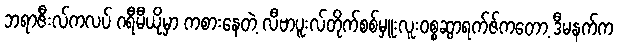
ဘရာဇီးလ်ကလပ် ဂရီမီယိုမှာ ကစားနေတဲ့ လီဗာပူးလ်တိုက်စစ်မှူးလူး၀စ္စဆွာရက်ဇ်ကတော့ ဒီမနက်က